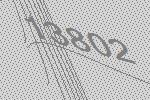
13802